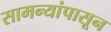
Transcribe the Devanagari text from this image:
सामन्यांपासून